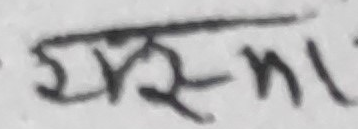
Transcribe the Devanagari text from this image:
यसमा